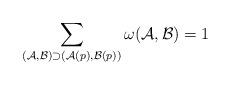
LaTeX: \begin{align*}\sum_{(\mathcal{A},\mathcal{B}) \supset (\mathcal{A}(p),\mathcal{B}(p))} \omega(\mathcal{A},\mathcal{B}) = 1\end{align*}